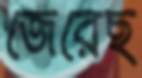
জেরেছ